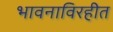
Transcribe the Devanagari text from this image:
भावनाविरहीत